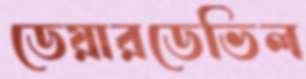
ডেয়ারডেভিল